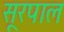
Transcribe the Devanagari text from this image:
सूरपाल